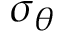
\sigma _ { \theta }